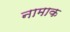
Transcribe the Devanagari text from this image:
नामाक